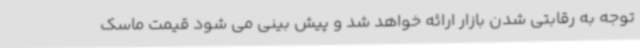
توجه به رقابتی شدن بازار ارائه خواهد شد و پیش بینی می شود قیمت ماسک